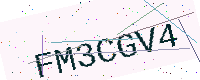
Text: FM3CGV4